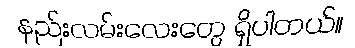
နည်းလမ်းလေးတွေ ရှိပါတယ်။